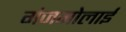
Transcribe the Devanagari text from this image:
गंजगोलाई